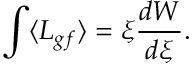
\int \langle { \cal L } _ { g f } \rangle = \xi { \frac { d W } { d \xi } } .